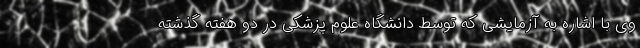
وی با اشاره به آزمایشی که توسط دانشگاه علوم پزشکی در دو هفته گذشته